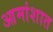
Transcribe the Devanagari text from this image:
आमांशात